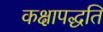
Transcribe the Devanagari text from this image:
कक्षापद्धति